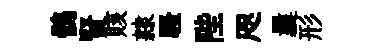
鶻賢賅隷騷陛咫曩形